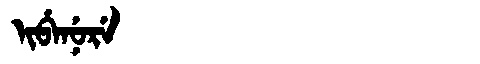
Manchu: ᡳᠪᡝᠨᡠᡵᡝ
Romanization: IBENURE